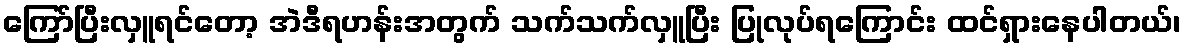
ကြော်ပြီးလှူရင်တော့ အဲဒီရဟန်းအတွက် သက်သက်လှူပြီး ပြုလုပ်ရကြောင်း ထင်ရှားနေပါတယ်၊